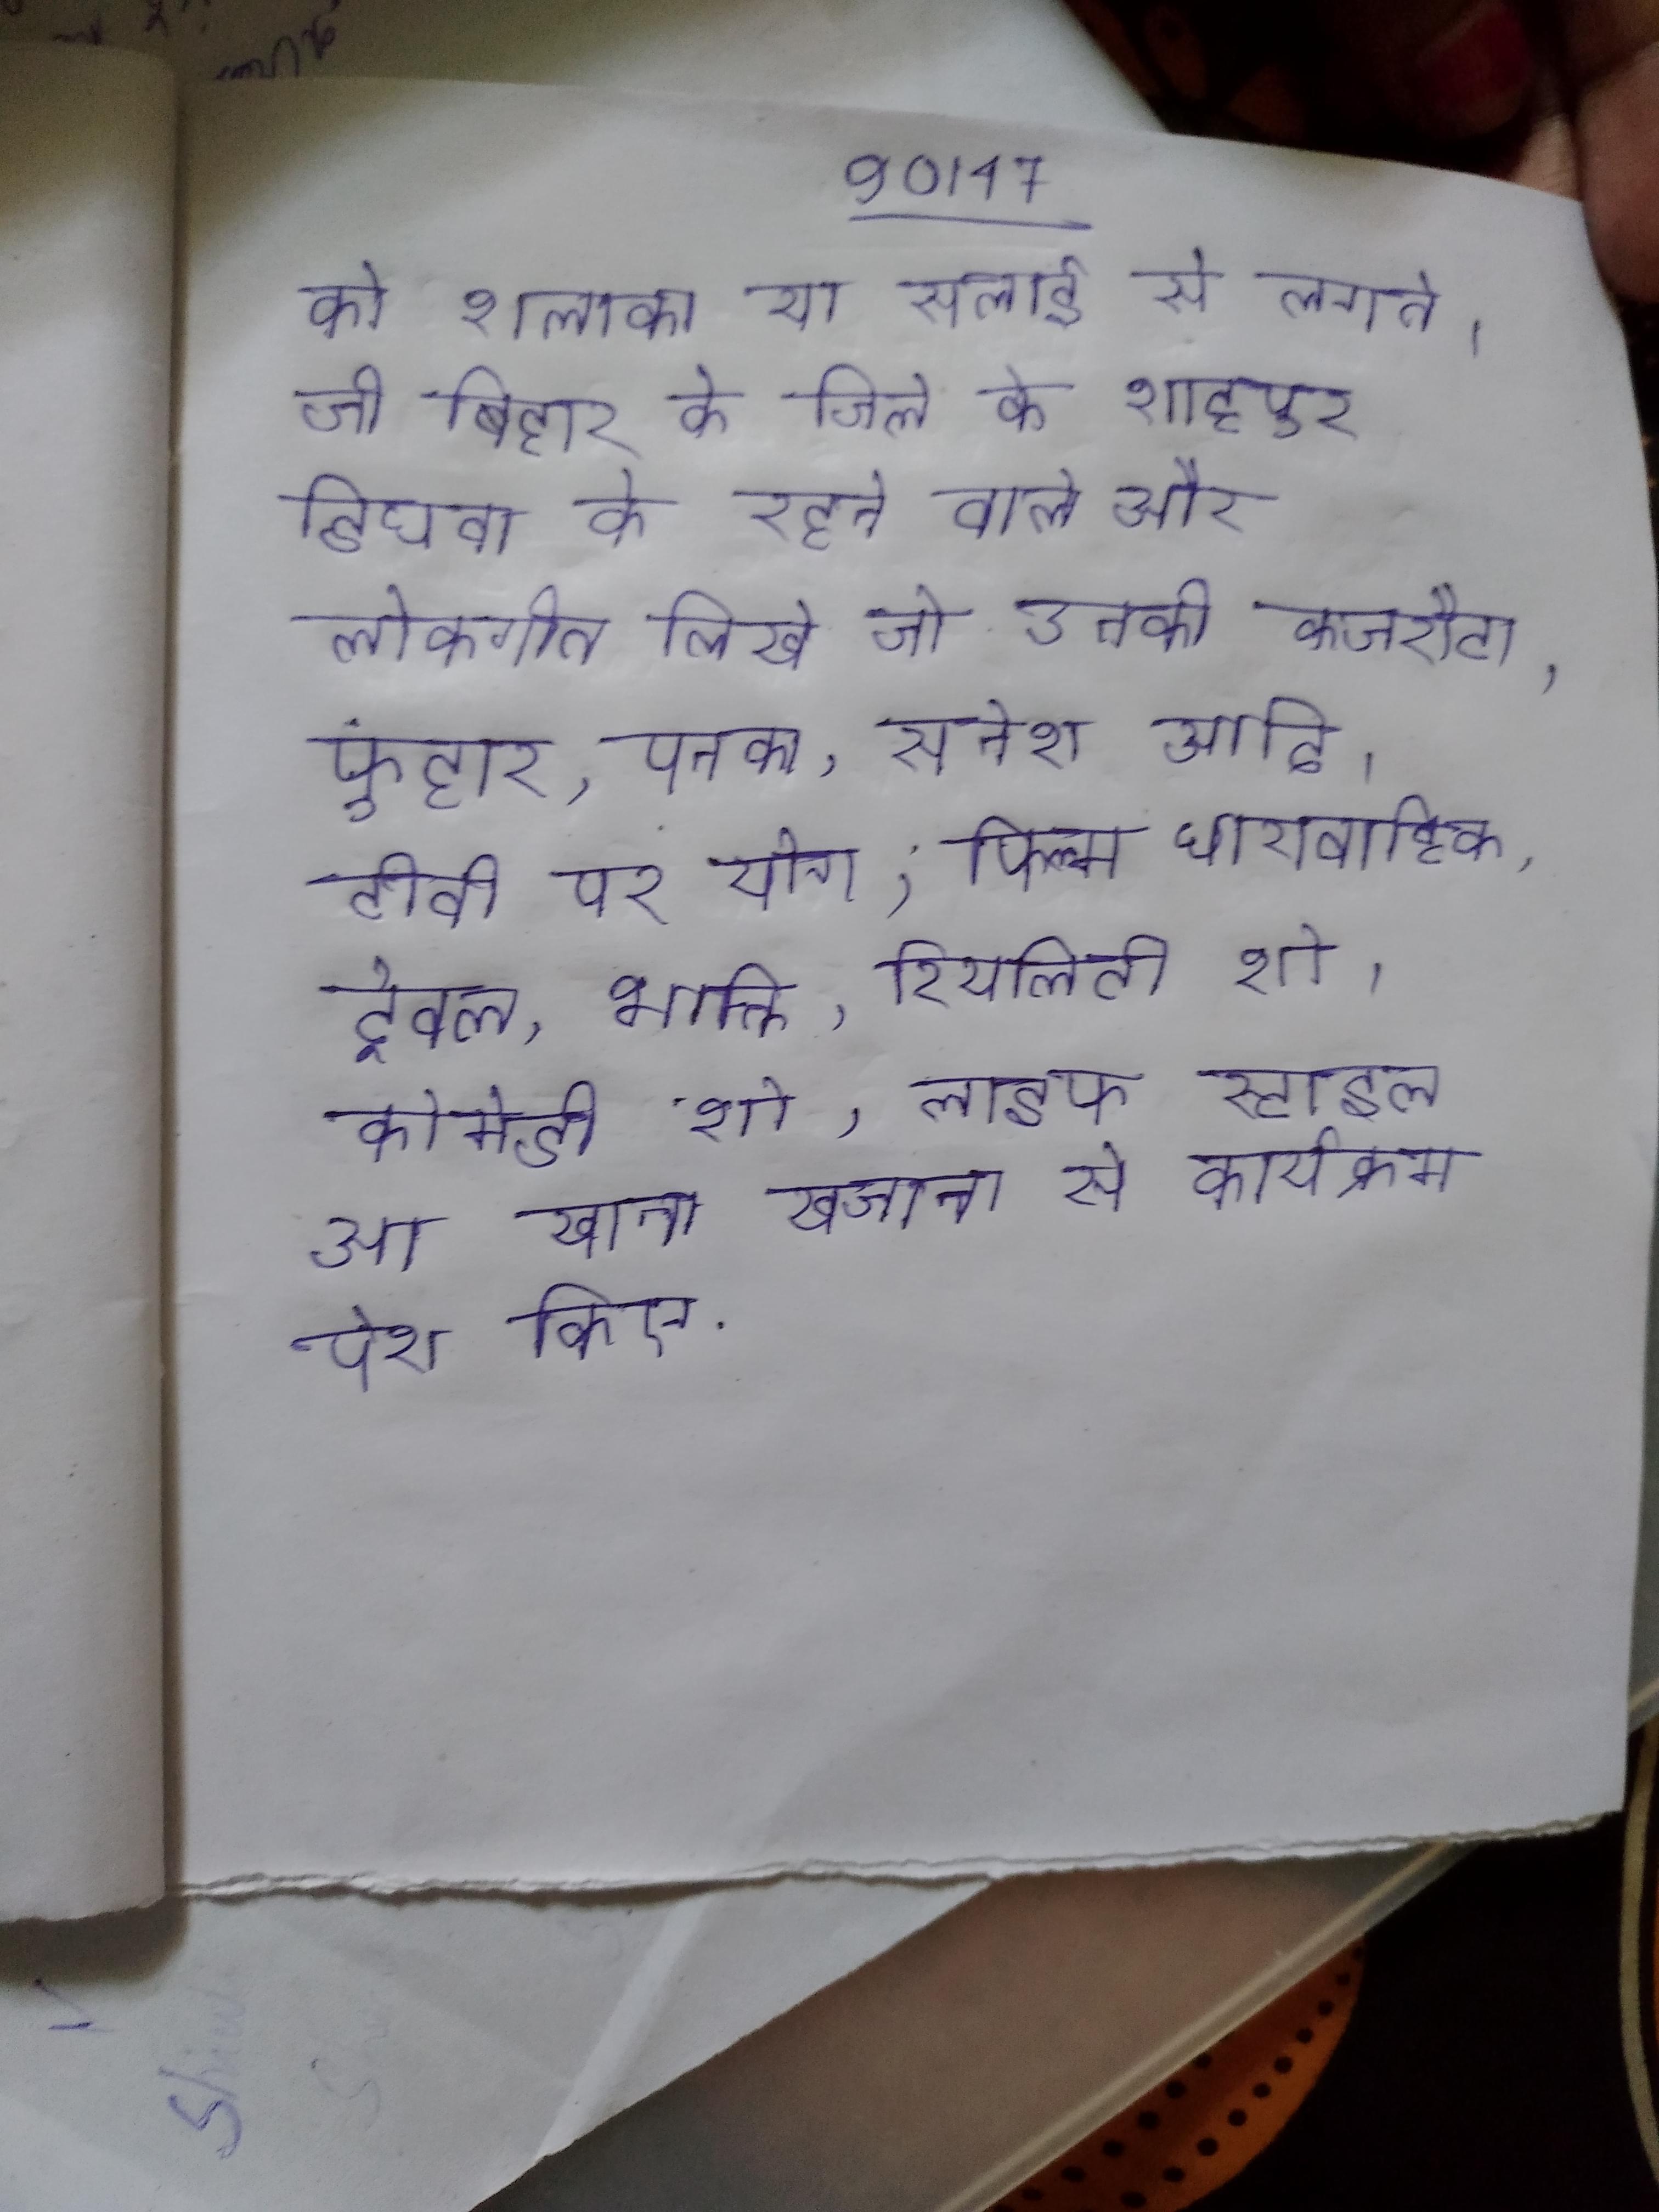
को शलाका या सलाई से लगाते । जी बिहार के जिले के शाहपुर डिघवा के रहने वाले और लोकगीत लिखे जो उनकी कजरौटा, फुहार, पनका, सनेश आदि । टीवी पर योग, फिल्म, धारावाहिक, ट्रेवल, भक्ति, रियलिटी शो, कोमेडी शो, लाइफ स्टाइल आ खाना खजाना से कार्यक्रम पेश किए .